65_HS1-834228961_62-HQ-83894_Section_6
Agency: FBI
Page 80
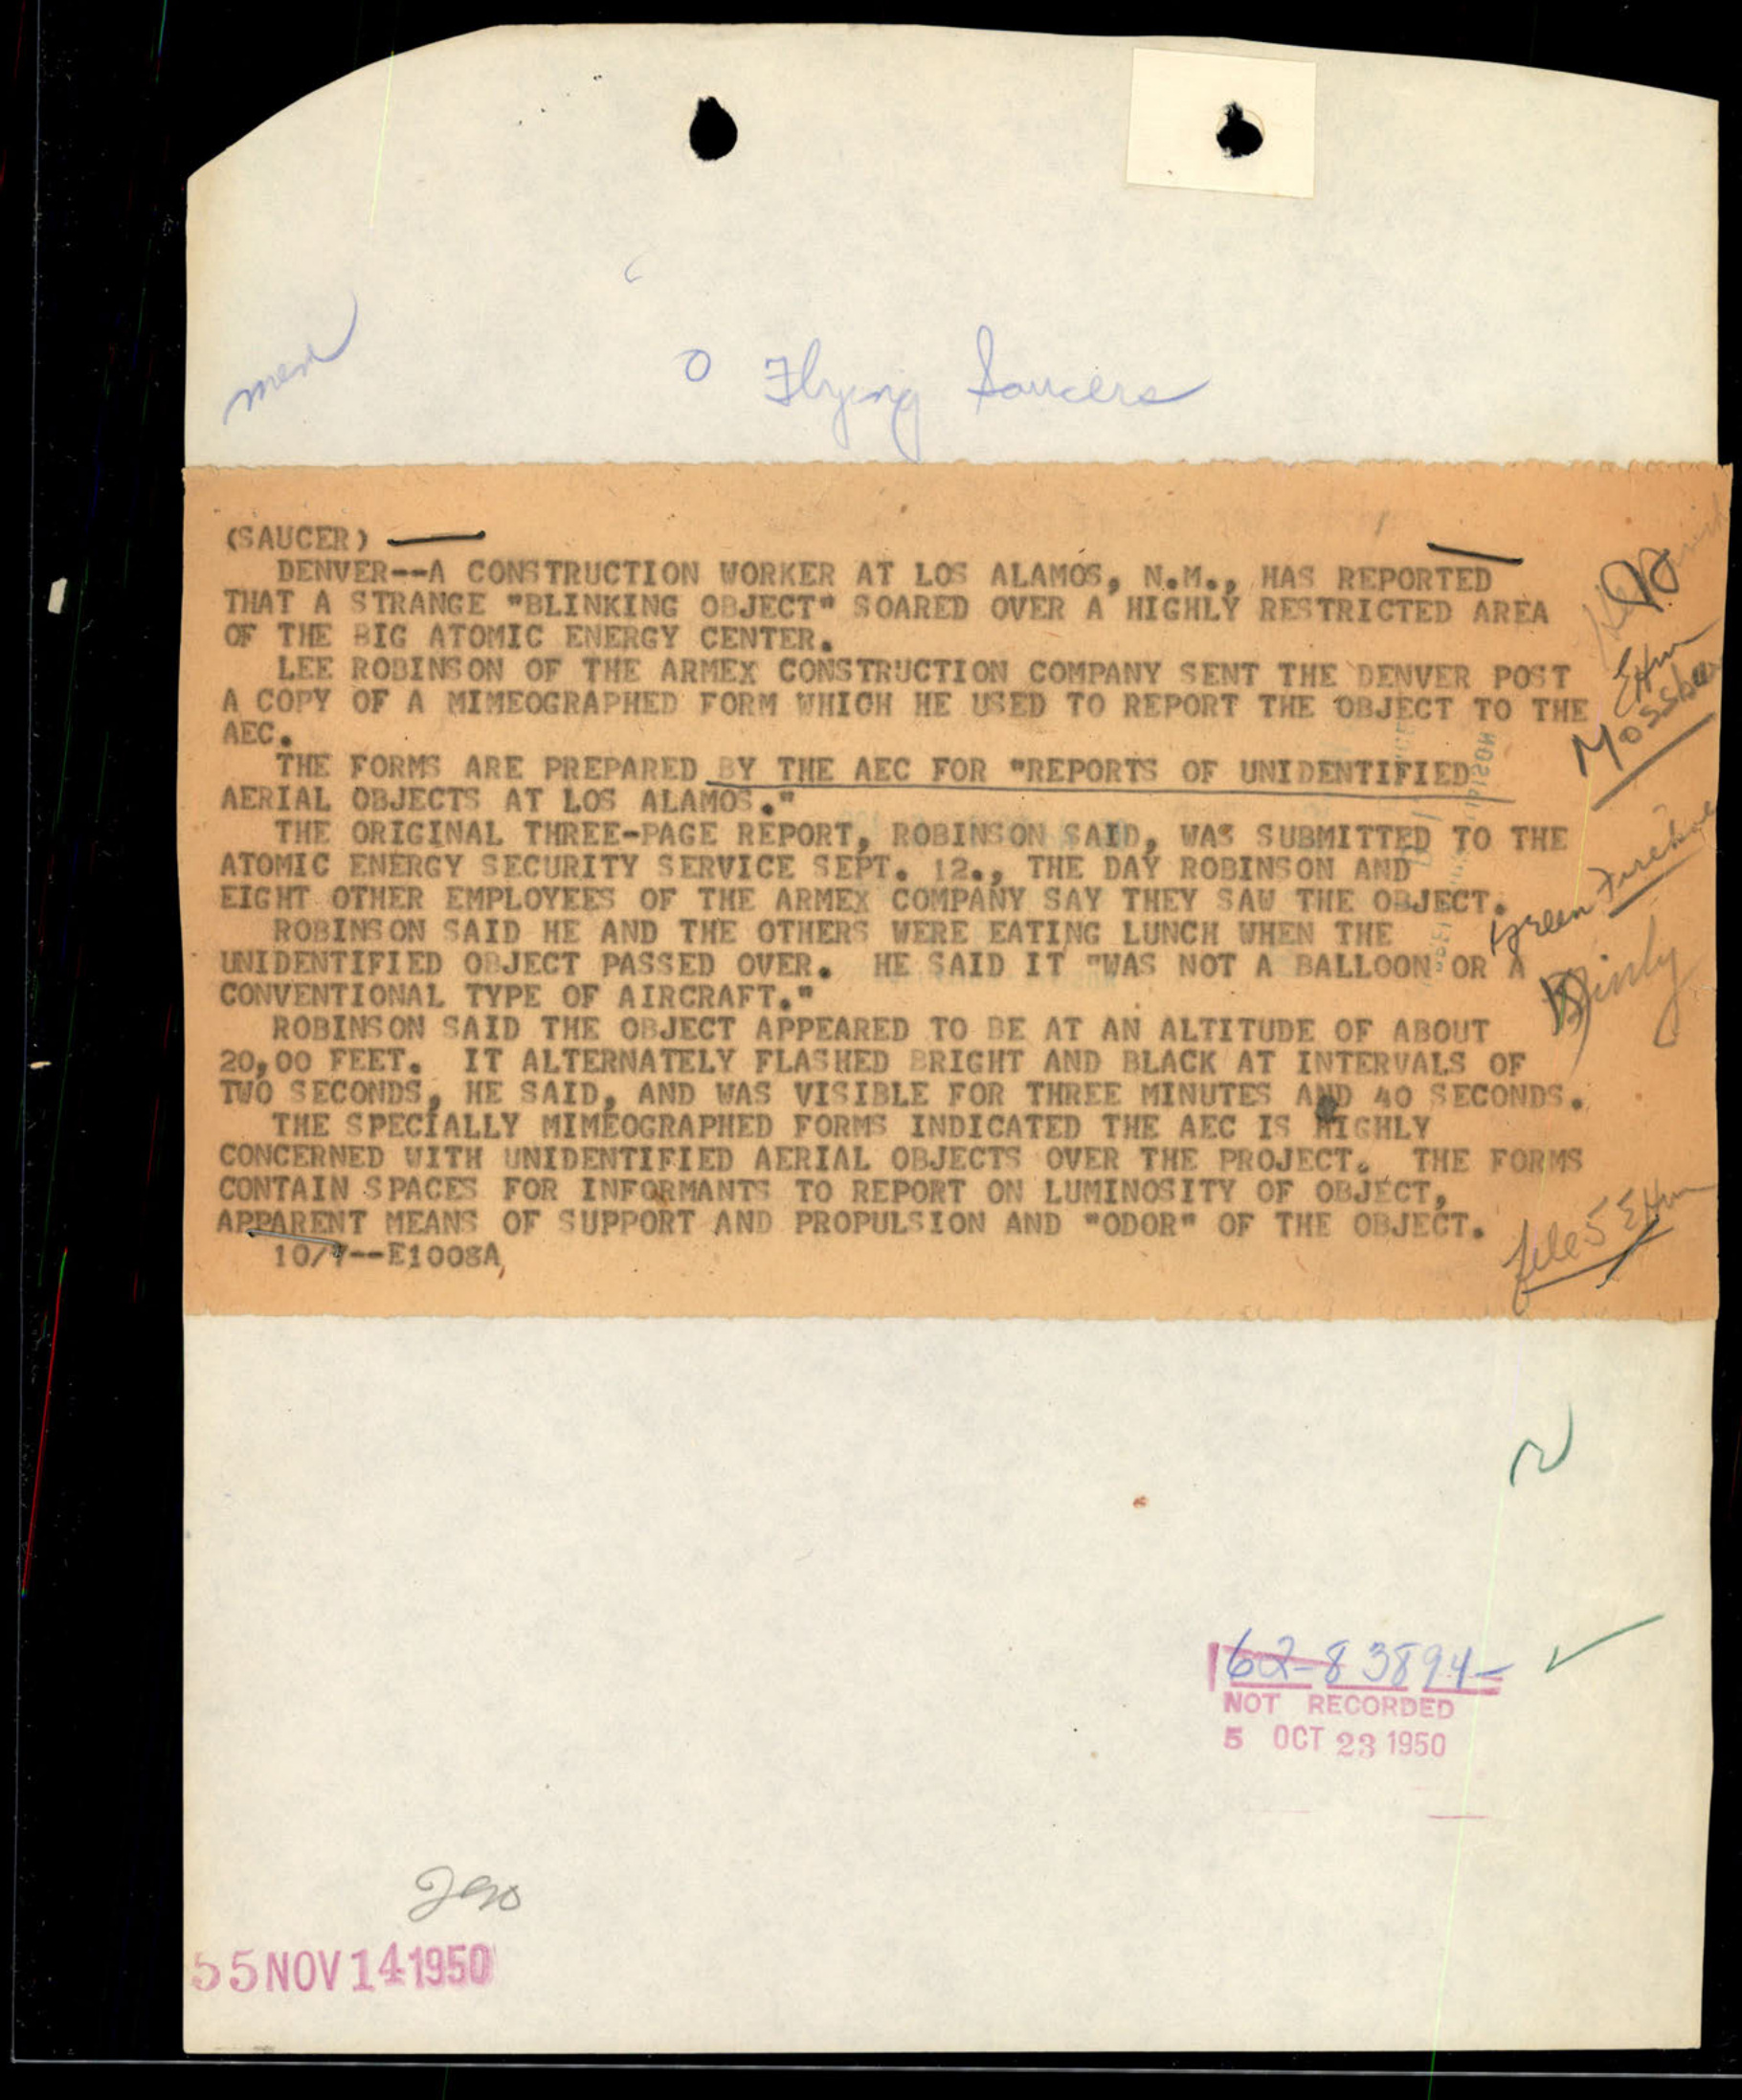